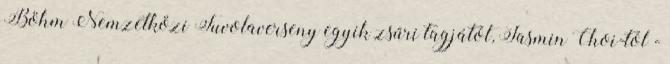
Böhm Nemzetközi Fuvolaverseny egyik zsűri tagjától, Jasmin Choi-tól -